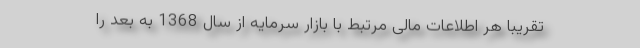
تقریباً هر اطلاعات مالی مرتبط با بازار سرمایه از سال 1368 به بعد را